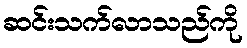
ဆင်းသက်လာသည်ကို